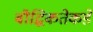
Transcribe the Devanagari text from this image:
बौद्धिकतेकडे